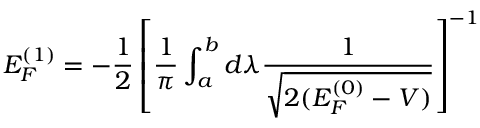
E _ { F } ^ { ( 1 ) } = - \frac { 1 } { 2 } \left[ \frac { 1 } { \pi } \int _ { a } ^ { b } d \lambda \frac { 1 } { \sqrt { 2 ( E _ { F } ^ { ( 0 ) } - V ) } } \right] ^ { - 1 }